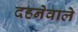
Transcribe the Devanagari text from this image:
दहनेवाले